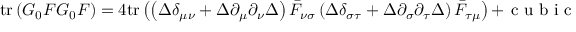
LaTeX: \mathrm { t r } \left( G _ { 0 } F G _ { 0 } F \right) = 4 \mathrm { t r } \left( \left( \Delta \delta _ { \mu \nu } + \Delta \partial _ { \mu } \partial _ { \nu } \Delta \right) \bar { F } _ { \nu \sigma } \left( \Delta \delta _ { \sigma \tau } + \Delta \partial _ { \sigma } \partial _ { \tau } \Delta \right) \bar { F } _ { \tau \mu } \right) + \textrm { c u b i c }